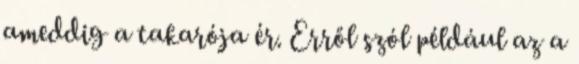
ameddig a takarója ér. Erről szól például az a